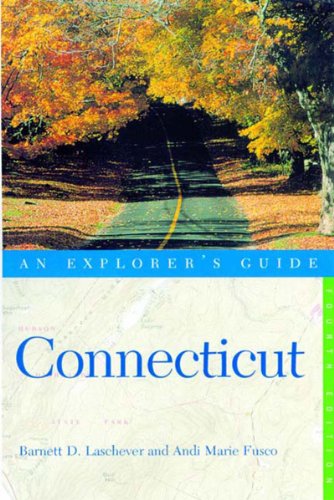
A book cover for Explorer's Guide Connecticut (Connecticut : An Explorer's Guide, 4th ed); Barnett D. Laschever; Travel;